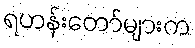
ရဟန်းတော်များက